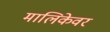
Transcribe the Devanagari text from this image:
मालिकेवर